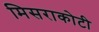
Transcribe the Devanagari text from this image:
मिसराकोटी